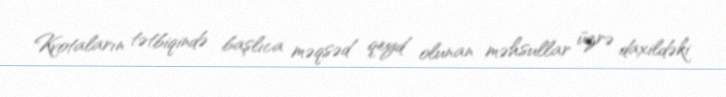
Kvotaların tətbiqində başlıca məqsəd qeyd olunan məhsullar üzrə daxildəki